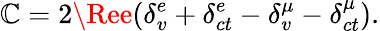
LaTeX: \mathbb{C}=2\Ree(\delta_{v}^{e}+\delta_{ct}^{e}-\delta_{v}^{\mu}-\delta_{ct}^{\mu}).